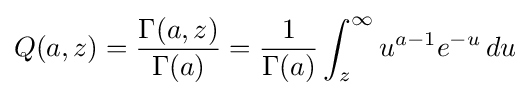
Q(a,z)={\frac {\Gamma (a,z)}{\Gamma (a)}}={\frac {1}{\Gamma (a)}}\int _{z}^{\infty }u^{a-1}e^{-u}\,du